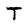
Character: T